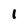
Character: 1